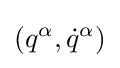
(q^{\alpha },{\dot {q}}^{\alpha })